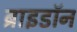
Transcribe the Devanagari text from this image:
ब्राइडॉन